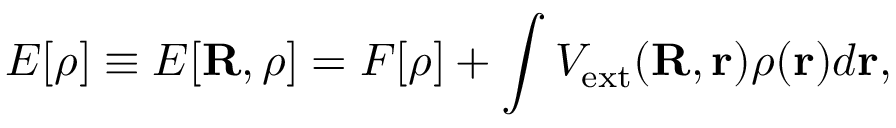
E [ \rho ] \equiv E [ { \bf R } , \rho ] = F [ \rho ] + \int V _ { \mathrm { e x t } } ( { \bf R , r } ) \rho ( { \bf r } ) d { \bf r } ,